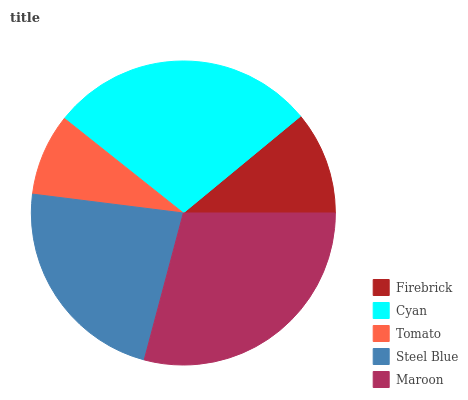
| Firebrick | Cyan | Tomato | Steel Blue | Maroon |
 | --- | --- | --- | --- | --- |
 | 11% | 28.3% | 8.7% | 22.9% | 29.1% |